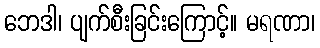
ဘေဒါ၊ ပျက်စီးခြင်းကြောင့်။ မရဏာ၊